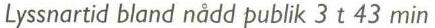
Lyssnartid bland nådd publik 3 t 43 min